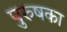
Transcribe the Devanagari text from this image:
पुरुषका